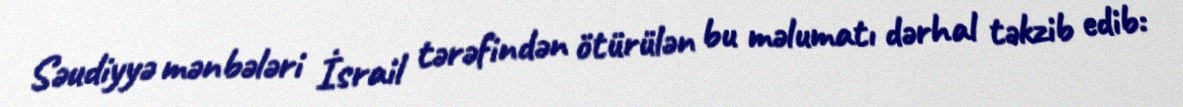
Səudiyyə mənbələri İsrail tərəfindən ötürülən bu məlumatı dərhal təkzib edib: